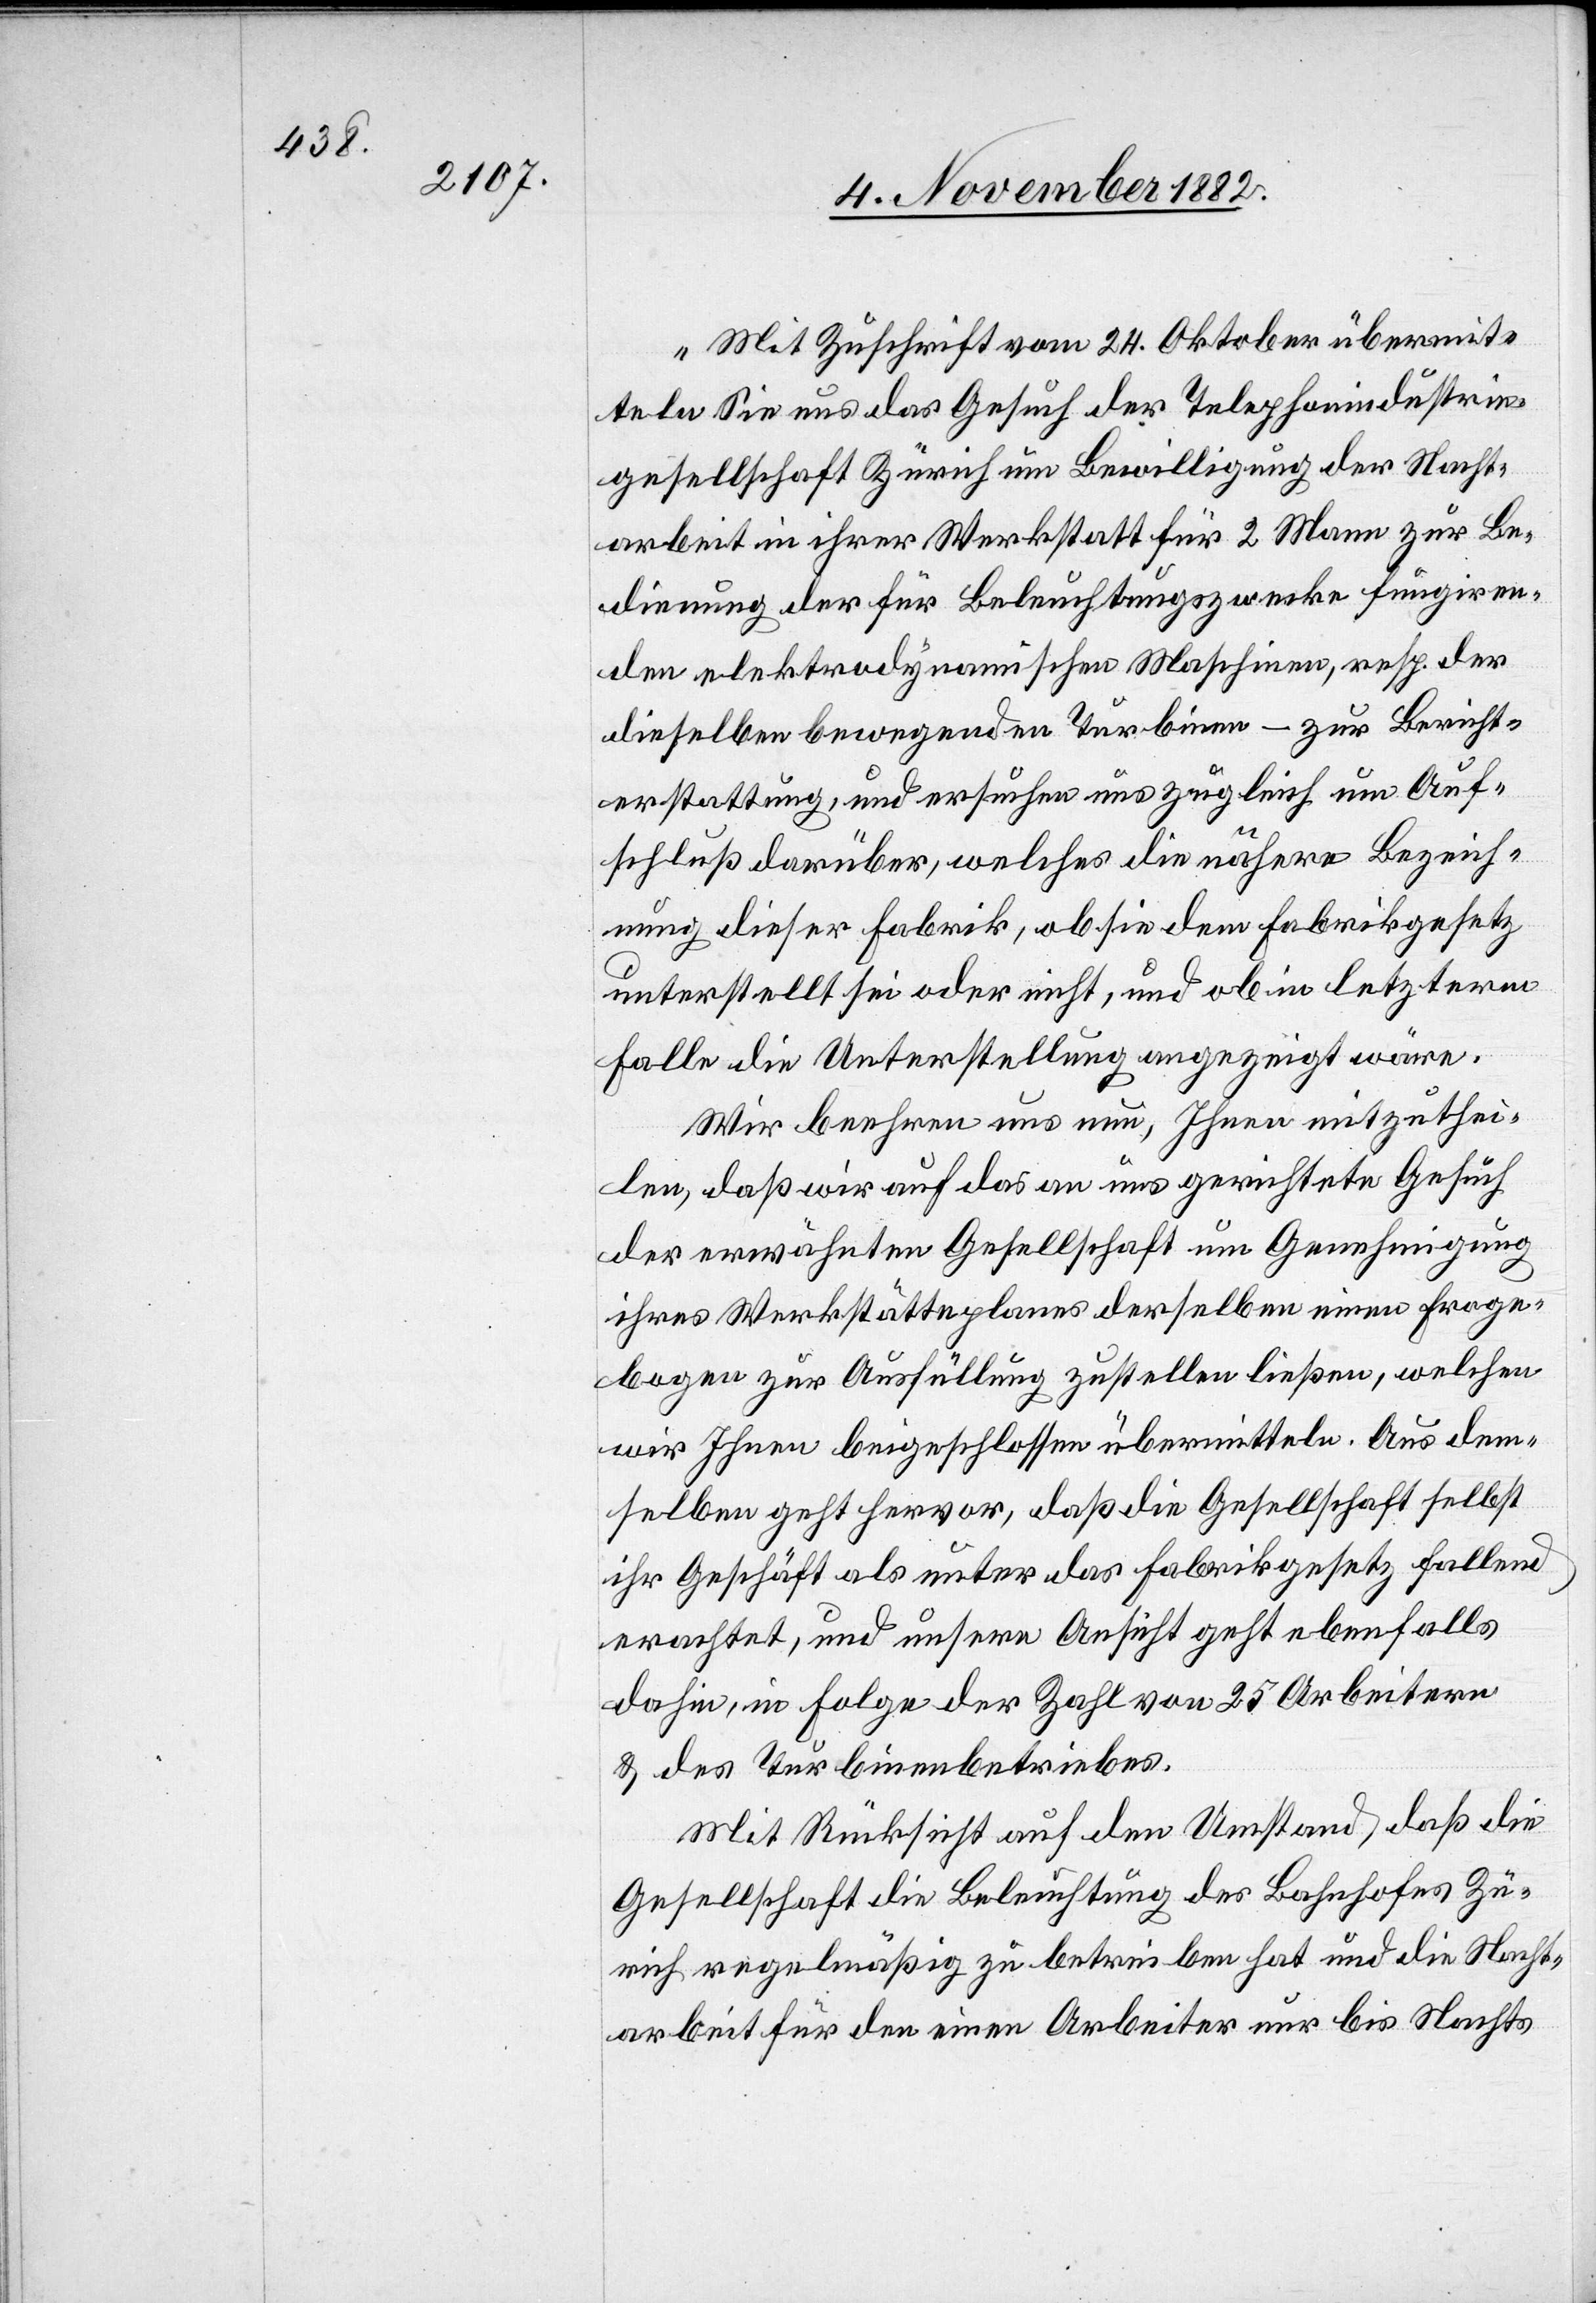
„Mit Zuschrift vom 24. Oktober übermit¬
teln Sie uns das Gesuch der Telephonindustrie¬
gesellschaft Zürich um Bewilligung der Nacht¬
arbeit in ihrer Werkstatt für 2 Mann zur Be¬
dienung der für Beleuchtungszwecke fungiren¬
den elektrodynamischen Maschinen, resp. der
dieselben bewegenden Turbinen – zur Bericht¬
erstattung, und ersuchen uns zugleich um Auf¬
schluß darüber, welches die nähere Bezeich¬
nung dieser Fabrik, ob sie dem Fabrikgesetz
unterstellt sei oder nicht, und ob in letzterm
Falle die Unterstellung angezeigt wäre.
Wir beehren uns nun, Ihnen mitzuthei¬
len, daß wir auf das an uns gerichtete Gesuch
der erwähnten Gesellschaft um Genehmigung
ihres Werkstättenplanes derselben einen Frage¬
bogen zur Ausfüllung zustellen ließen, welchen
wir Ihnen beigeschlossen übermitteln. Aus dem¬
selben geht hervor, daß die Gesellschaft selbst
ihr Geschäft als unter da Fabrikgesetz fallend
erachtet, und unsere Ansicht geht ebenfalls
dahin, in Folge der Zahl von 25 Arbeitern
& des Turbinenbetriebes.
Mit Rücksicht auf den Umstand, daß die
Gesellschaft die Beleuchtung des Bahnhofes Zü¬
rich regelmäßig zu betreiben hat und die Nacht¬
arbeit für den einen Arbeiter nur bis Nachts